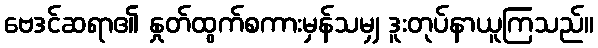
ဗေဒင်ဆရာ၏ နှုတ်ထွက်စကားမှန်သမျှ ဒူးတုပ်နာယူကြသည်။